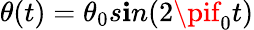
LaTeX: \theta(t)=\theta_{0}s\mathbf{i}n(2\pif_{0}t)